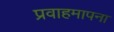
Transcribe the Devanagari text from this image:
प्रवाहमापना